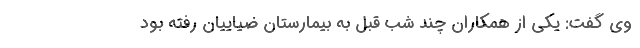
‌ وی گفت: یکی از همکاران چند شب قبل به بیمارستان ضیاییان رفته بود